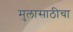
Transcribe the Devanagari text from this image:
मुलासाठीचा